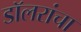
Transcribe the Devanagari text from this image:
डॉलरांचा